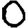
Digit: 0